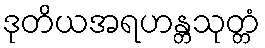
ဒုတိယအရဟန္တသုတ္တံ